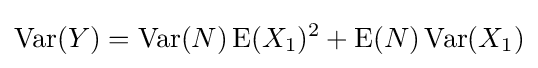
\operatorname {Var} (Y)=\operatorname {Var} (N)\operatorname {E} (X_{1})^{2}+\operatorname {E} (N)\operatorname {Var} (X_{1})